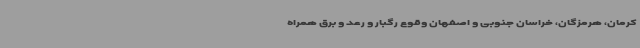
کرمان، هرمزگان، خراسان جنوبی و اصفهان وقوع رگبار و رعد و برق همراه